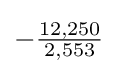
-{\tfrac {12,250}{2,553}}